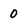
Character: 0